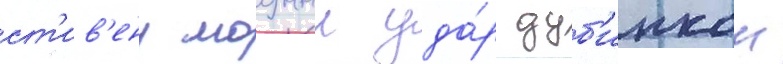
ст'ив'ену мощныи уда́р дуб'инкои